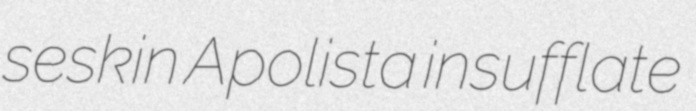
seskin Apolista insufflate